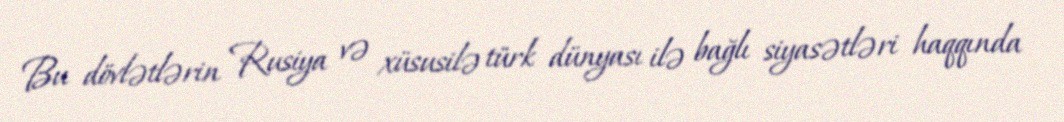
Bu dövlətlərin Rusiya və xüsusilə türk dünyası ilə bağlı siyasətləri haqqında